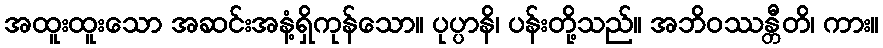
အထူးထူးသော အဆင်းအနံ့ရှိကုန်သော။ ပုပ္ပာနိ၊ ပန်းတို့သည်။ အဘိဝဿန္တီတိ၊ ကား။